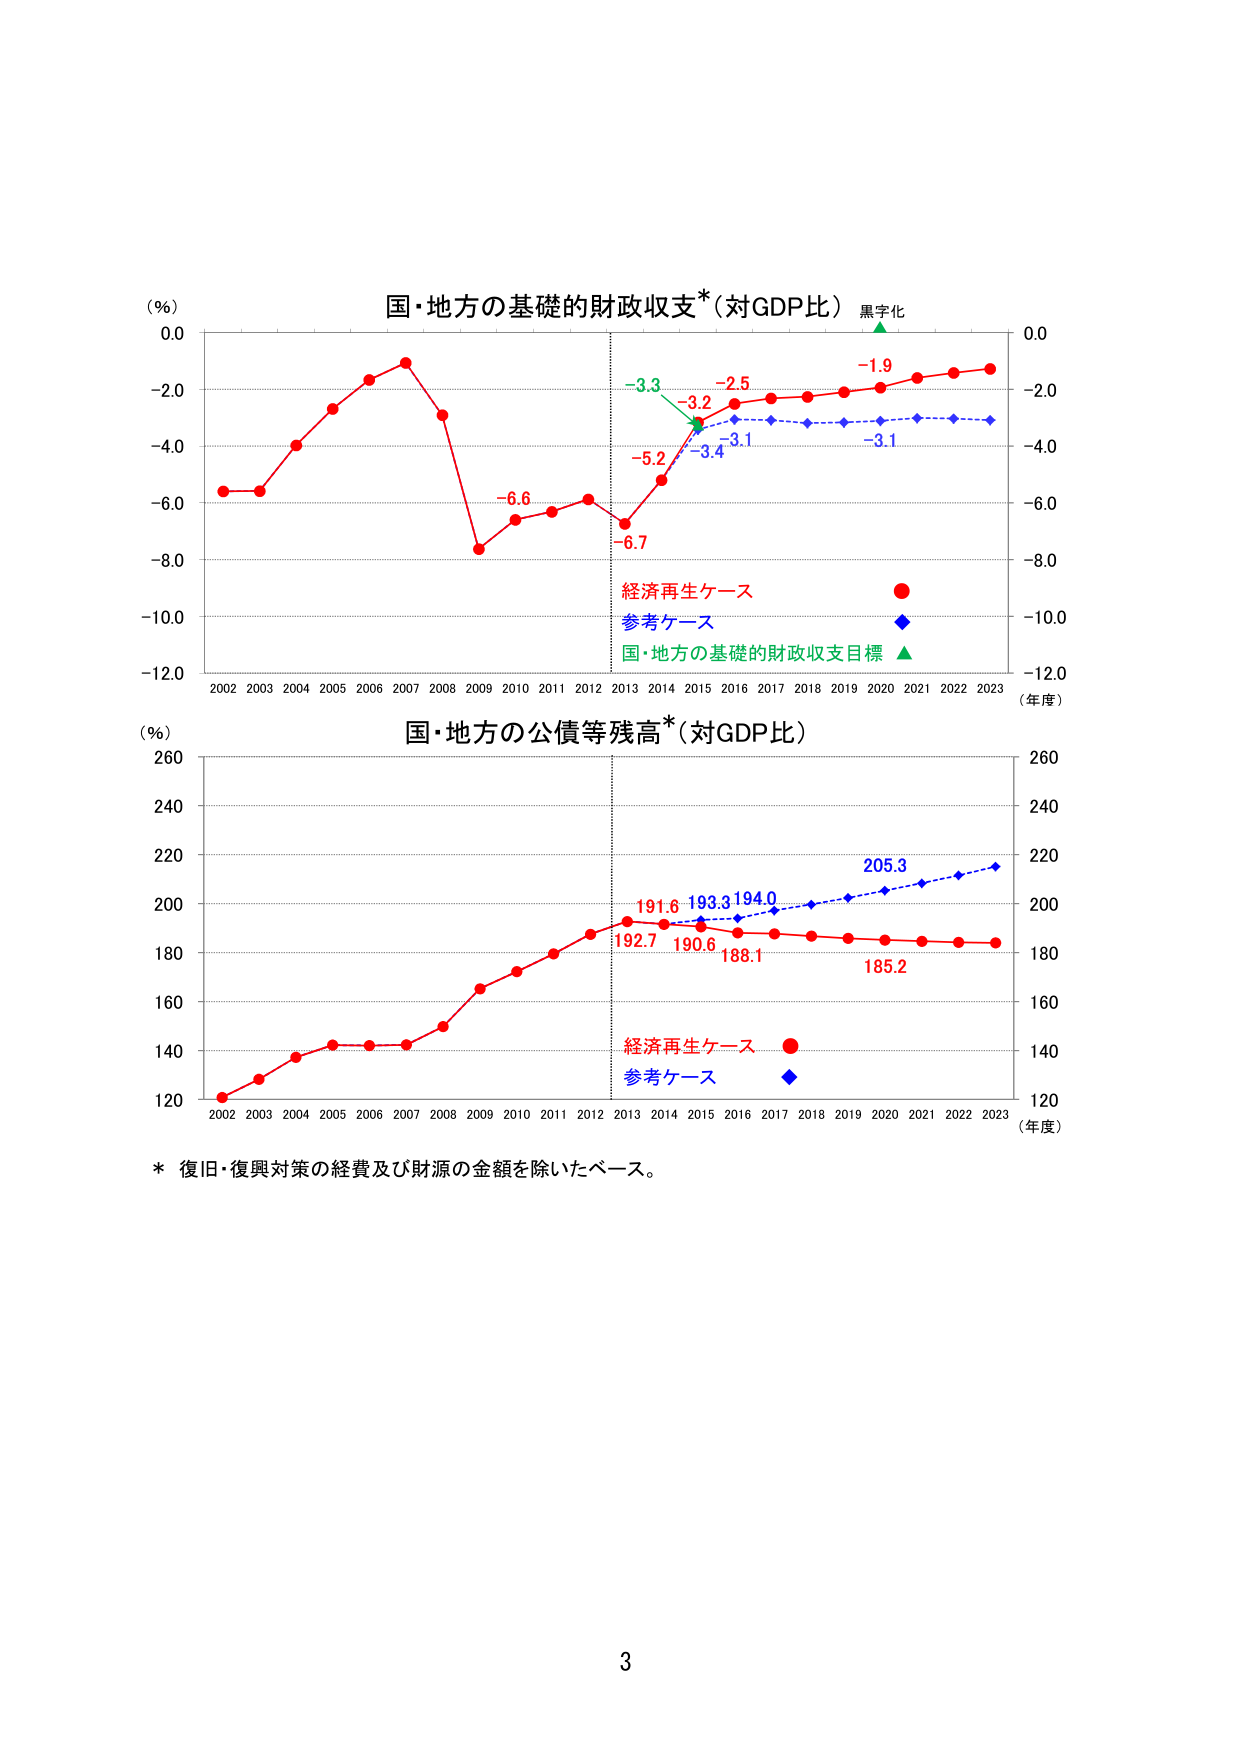
(％)
国・地方の基礎的財政収支*(対GDP比)
黒字化
0.0
0.0
-2.0
-2.0
-4.0
-4.0
-6.0
-6.0
-8.0
-8.0
-10.0
-10.0
-12.0
-12.0
2002 2003 2004 2005 2006 2007 2008 2009 2010 2011 2012 2013 2014 2015 2016 2017 2018 2019 2020 2021 2022 2023
(年度)
-3.3
-2.5
-1.9
-3.2
-3.1
-3.1
-5.2
-3.4
-6.6
-6.7
経済再生ケース
参考ケース
国・地方の基礎的財政収支目標
(％)
国・地方の公債等残高*(対GDP比)
260
260
240
240
220
220
200
200
180
180
160
160
140
140
120
120
2002 2003 2004 2005 2006 2007 2008 2009 2010 2011 2012 2013 2014 2015 2016 2017 2018 2019 2020 2021 2022 2023
(年度)
191.6 193.3 194.0
205.3
192.7 190.6 188.1
185.2
経済再生ケース
参考ケース
* 復旧・復興対策の経費及び財源の金額を除いたベース。
3